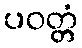
ပဝတ္တံ